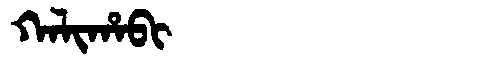
Manchu: ᡴᠠᠯᡳᡥᠠᠪᡳ
Romanization: KALIHABI